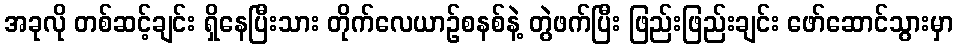
အခုလို တစ်ဆင့်ချင်း ရှိနေပြီးသား တိုက်လေယာဉ်စနစ်နဲ့ တွဲဖက်ပြီး ဖြည်းဖြည်းချင်း ဖော်ဆောင်သွားမှာ